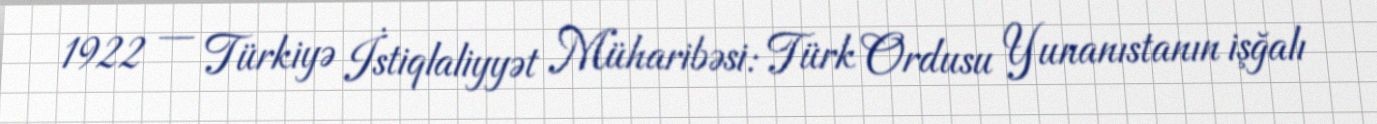
1922 — Türkiyə İstiqlaliyyət Müharibəsi: Türk Ordusu Yunanıstanın işğalı